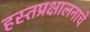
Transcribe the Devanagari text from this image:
हस्तप्रक्षालनाचे